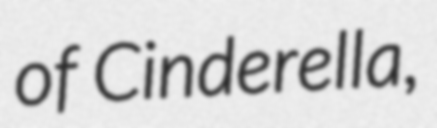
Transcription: of Cinderella,